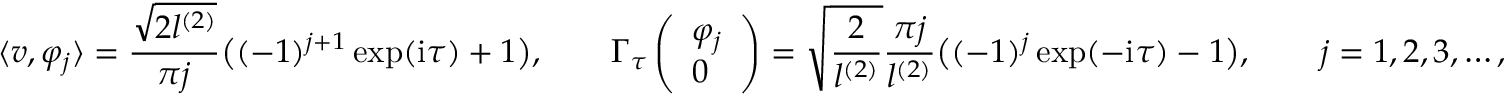
\langle v , \varphi _ { j } \rangle = \frac { \sqrt { 2 l ^ { ( 2 ) } } } { \pi j } \bigl ( ( - 1 ) ^ { j + 1 } \exp ( \mathrm { i } \tau ) + 1 \bigr ) , \qquad \Gamma _ { \tau } \left( \begin{array} { l } { \varphi _ { j } } \\ { 0 } \end{array} \right) = \sqrt { \frac { 2 } { l ^ { ( 2 ) } } } \frac { \pi j } { l ^ { ( 2 ) } } \bigl ( ( - 1 ) ^ { j } \exp ( - \mathrm { i } \tau ) - 1 \bigr ) , \qquad j = 1 , 2 , 3 , \dots ,